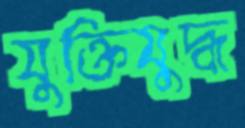
যুক্তিযুদ্ধ